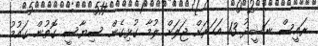
ރައީސް ނަޝީދު 13 އަހަރަށް ޖަލަށް ލުމާ ގުޅިގެން ސިޔާސީ ގޮތުން ގައުމު